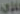
الزي